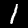
Label: 1